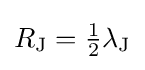
{\textstyle R_{\text{J}}={\frac {1}{2}}\lambda _{\text{J}}}